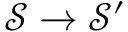
\mathcal { S } \rightarrow \mathcal { S } ^ { \prime }